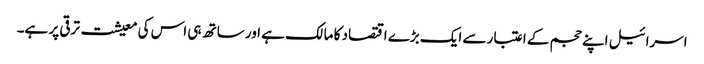
اسرائیل اپنے حجم کے اعتبار سے ایک بڑے اقتصاد کا مالک ہے اور ساتھ ہی اس کی معیشت ترقی پر ہے۔